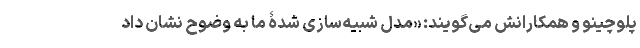
پلوچینو و همکارانش می‌گویند: «مدل شبیه‌سازی شدۀ ما به وضوح نشان داد